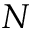
N